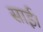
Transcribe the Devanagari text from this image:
साई।